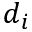
d _ { i }